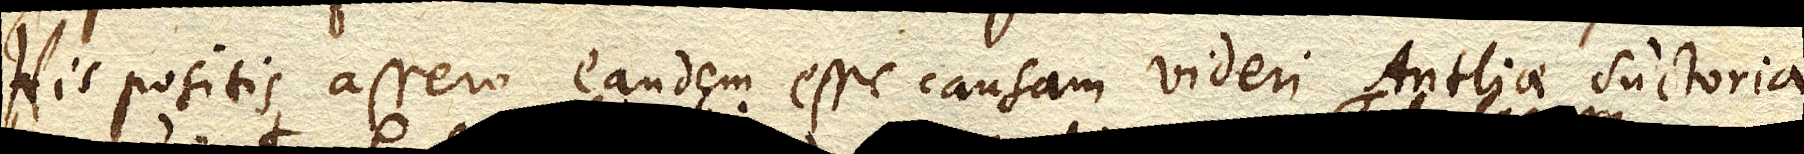
His positis assero eandem esse causam videri Antliae suctoriae